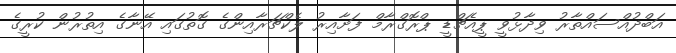
އަބްދުއްސައްތާރު ވިދާޅުވީ ޕީއެޗްޑީ ޕްރޮގްރާމް ފަށާއިރު ލެކްޗަރާއިންގެ ގޮތުގައި އޭނާގެ އިތުރުން ކުރީގެ